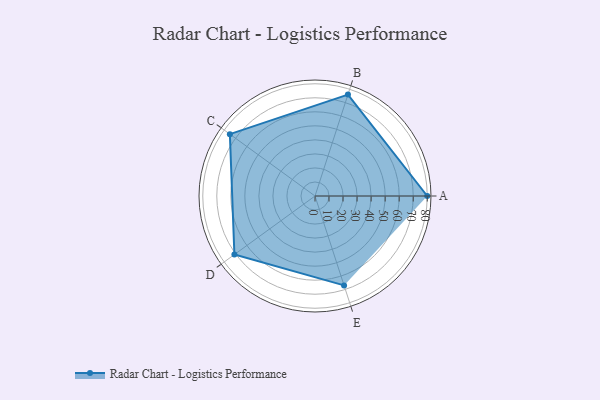
{"axis": {"x": "Skill", "y": "Score"}, "legend": ["Profile"], "data": [{"x": "A", "y": 80.0, "type": "Profile"}, {"x": "B", "y": 76.0, "type": "Profile"}, {"x": "C", "y": 75.0, "type": "Profile"}, {"x": "D", "y": 71.0, "type": "Profile"}, {"x": "E", "y": 67.0, "type": "Profile"}]}